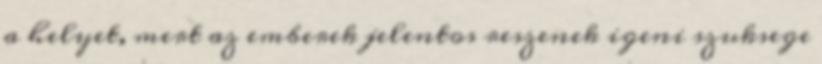
a helyet, mert az emberek jelentos reszenek igeni szuksege